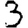
Digit: 3